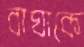
বাঘাকে